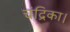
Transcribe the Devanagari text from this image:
चंद्रिका।